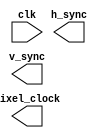
module vga_timing_signals(
    input wire clk,
    output reg h_sync,
    output reg v_sync,
    output reg pixel_clock
);

// Add code here to generate timing signals

endmodule